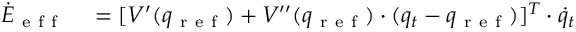
\begin{array} { r l } { \dot { E } _ { \mathrm { ~ e ~ f ~ f ~ } } } & { { } = [ V ^ { \prime } ( q _ { \mathrm { ~ r ~ e ~ f ~ } } ) + V ^ { \prime \prime } ( q _ { \mathrm { ~ r ~ e ~ f ~ } } ) \cdot ( q _ { t } - q _ { \mathrm { ~ r ~ e ~ f ~ } } ) ] ^ { T } \cdot \dot { q } _ { t } } \end{array}